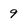
Character: 9